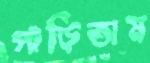
পাড়িতাম